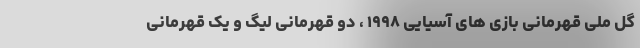
گل ملی قهرمانی بازی های آسیایی ۱۹۹۸ ،‌ دو قهرمانی لیگ و یک قهرمانی